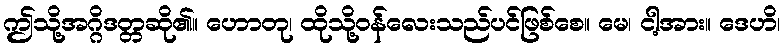
ဤသို့အဂ္ဂိဒတ္တဆို၏။ ဟောတု၊ ထိုသို့ဝန်လေးသည်ပင်ဖြစ်စေ။ မေ၊ ငါ့အား။ ဒေဟိ၊